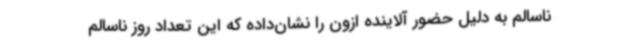
ناسالم به دلیل حضور آلاینده ازون را نشان‌داده که این تعداد روز ناسالم